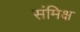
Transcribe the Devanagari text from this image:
संमिक्ष